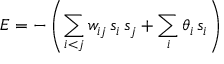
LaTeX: E = - \left( \sum _ { i < j } w _ { i j } \, s _ { i } \, s _ { j } + \sum _ { i } \theta _ { i } \, s _ { i } \right)